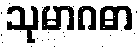
သုမာဂဓာ